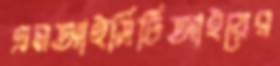
এমআইসিটিআইয়ের